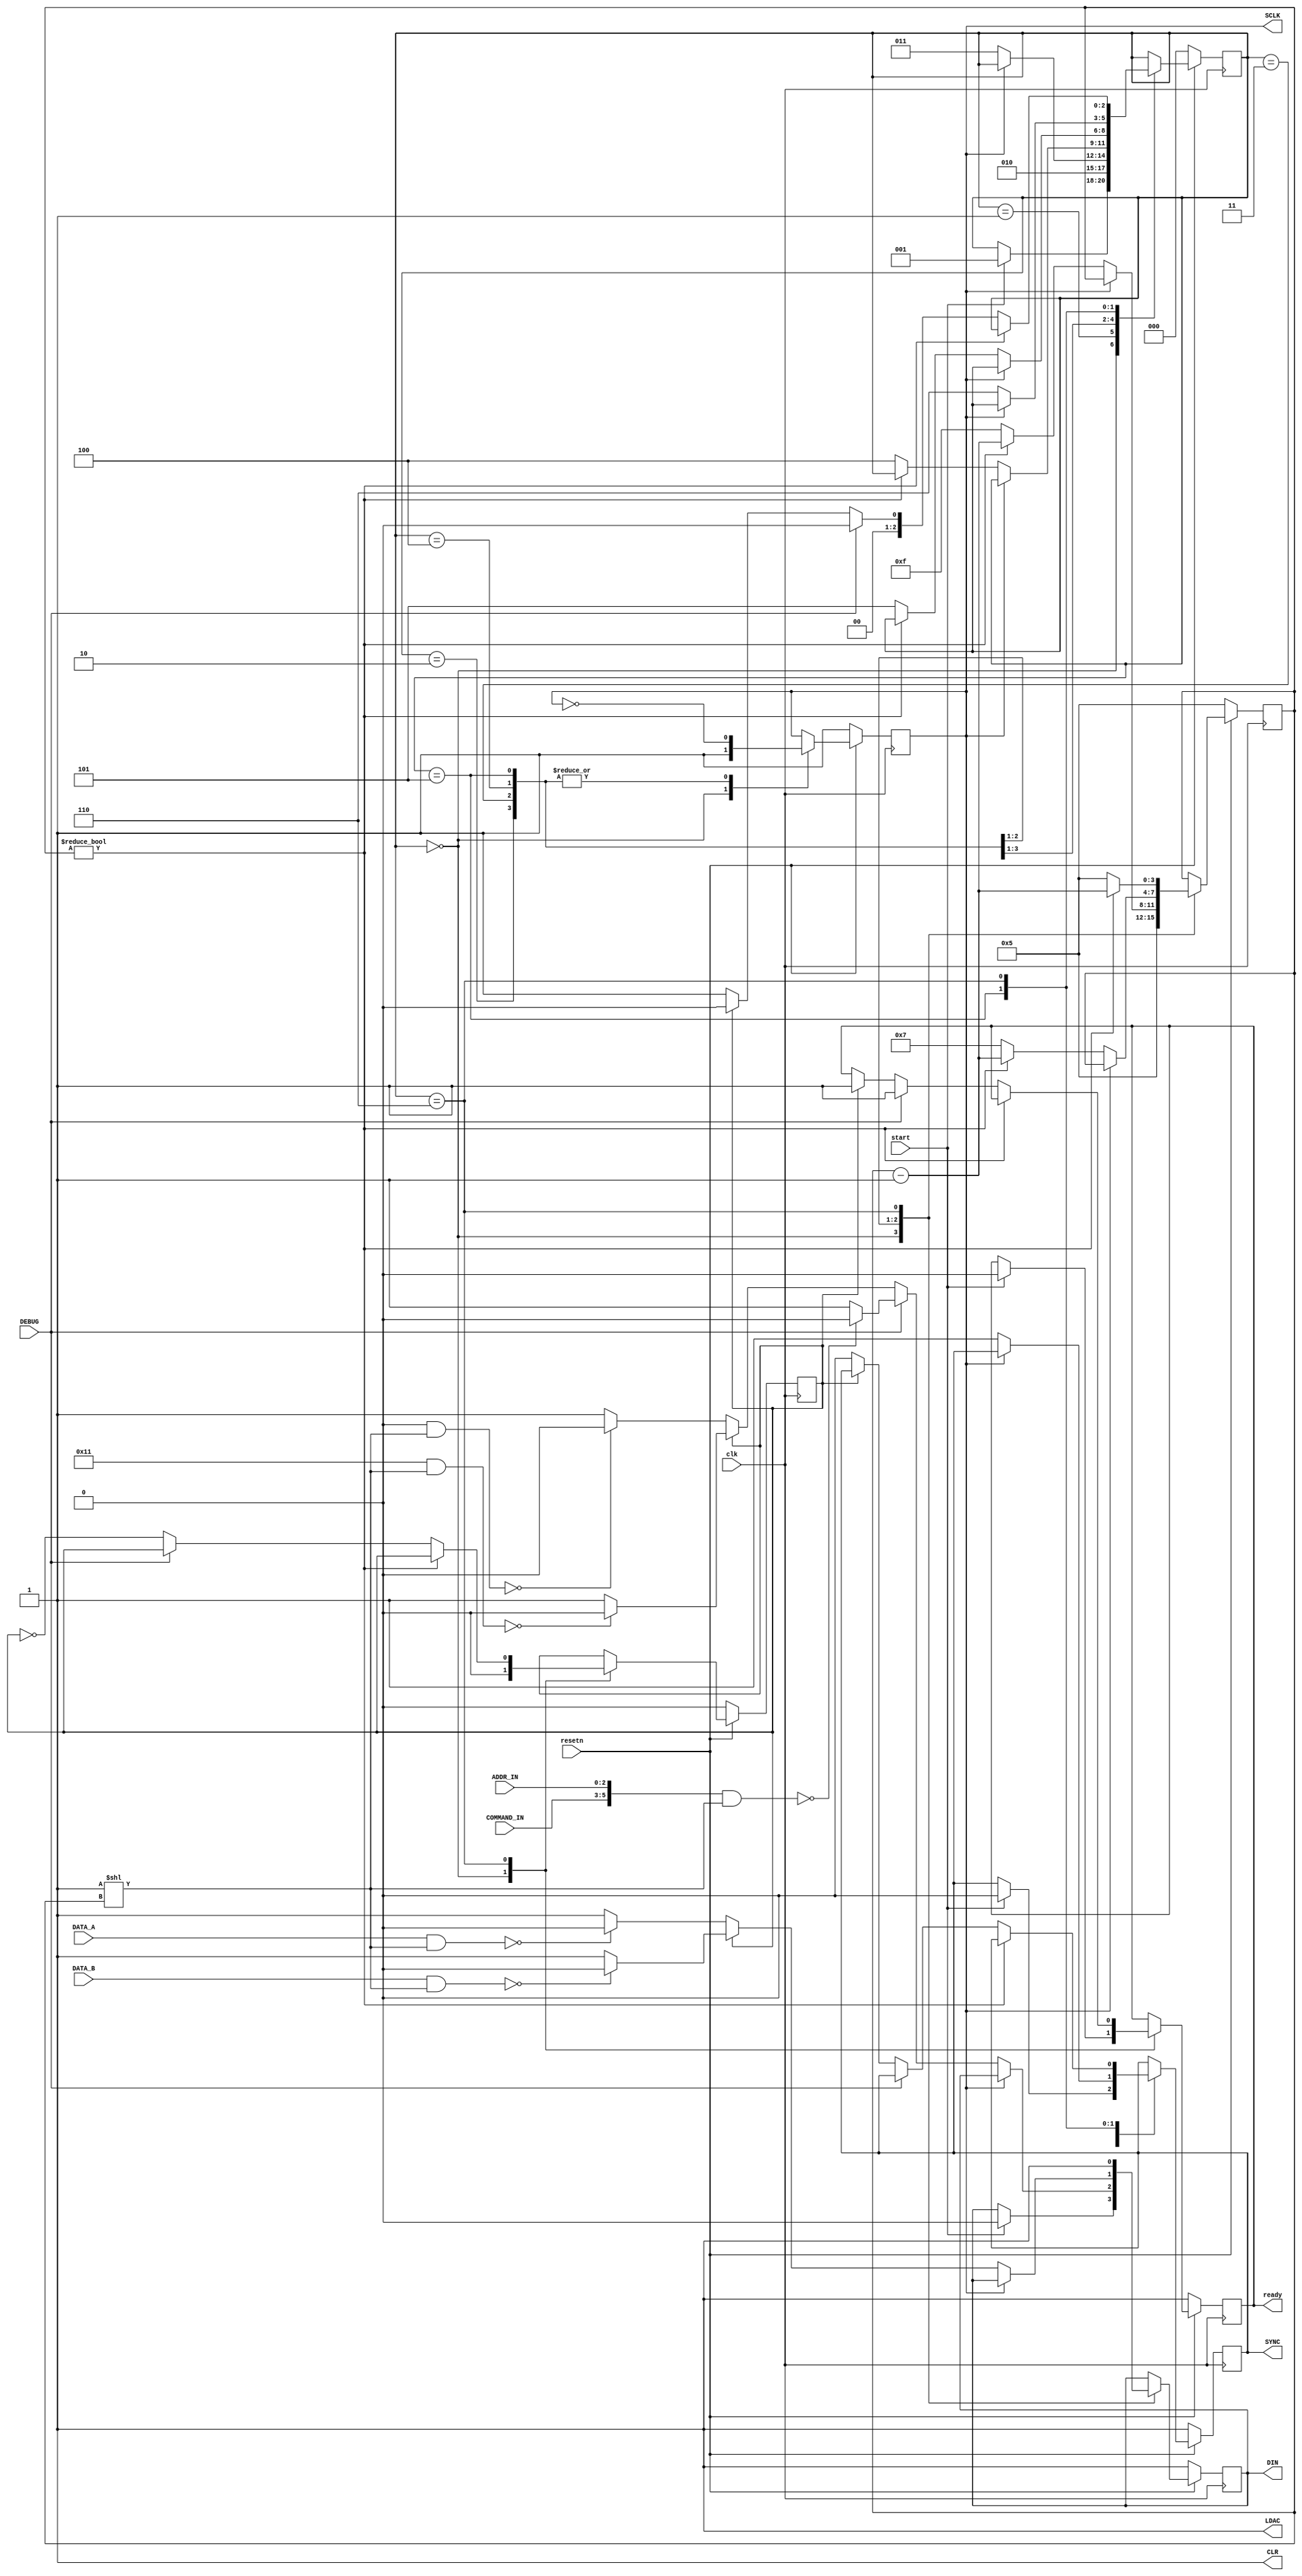

module audio_dac_write(
	input clk,
	input resetn,
	input [15:0] DATA_A,
	input [15:0] DATA_B,
	input start,

	input DEBUG,
	input [2:0] COMMAND_IN,
	input [2:0] ADDR_IN,

	output reg ready,

	output LDAC,
	output CLR,
	output reg DIN,
	output reg SCLK,
	output reg SYNC
);

// no input buffer, data cannot be changed during writing

wire	[5:0] COMMAND_A = 6'b0;			// write to DAC-A input register
wire	[5:0] COMMAND_B = 6'b010_001;	// write to DAC-B input register and software LDAC

assign LDAC = 1'b1;
assign CLR = 1'b1;

parameter STATE_IDLE = 0;
parameter STATE_SYNC_HOLD = 1;
parameter STATE_START_TX = 2;
parameter STATE_COMMAND = 3;
parameter STATE_DATA = 4;
parameter STATE_EOT = 5;
parameter STATE_WAIT = 6;

reg		[2:0] state, next_state;
reg		next_ready;
reg		next_din, next_sclk, next_sync;
reg		[3:0] bit_cnt, next_bit_cnt;
reg		data_b, next_data_b;

wire	CMD_A_BIT_EXTRACT = ((COMMAND_A & (1'b1<<bit_cnt))==0)? 1'b0 : 1'b1;
wire	CMD_B_BIT_EXTRACT = ((COMMAND_B & (1'b1<<bit_cnt))==0)? 1'b0 : 1'b1;
wire	DAT_A_BIT_EXTRACT = ((DATA_A & (1'b1<<bit_cnt))==0)? 1'b0 : 1'b1;
wire	DAT_B_BIT_EXTRACT = ((DATA_B & (1'b1<<bit_cnt))==0)? 1'b0 : 1'b1;

wire	CMD_BIT_EXTRACT = (({COMMAND_IN, ADDR_IN} & (1'b1<<bit_cnt))==0)? 1'b0 : 1'b1;

always @ (posedge clk)
begin
	if (~resetn)
	begin
		state <= STATE_IDLE;
		ready <= 1;
		DIN <= 1;
		SCLK <= 1;
		SYNC <= 1;
		bit_cnt <= 5;
		data_b <= 0;
	end
	else
	begin
		state <= next_state;
		ready <= next_ready;
		DIN <= next_din;
		SCLK <= next_sclk;
		SYNC <= next_sync;
		bit_cnt <= next_bit_cnt;
		data_b <= next_data_b;
	end
end

always @ *
begin
	next_state = state;
	next_ready = ready;
	next_din = DIN;
	next_sclk = SCLK;
	next_sync = SYNC;
	next_bit_cnt = bit_cnt;
	next_data_b = data_b;

	case (state)
		STATE_IDLE:
		begin
			if (start)
			begin
				next_state = STATE_SYNC_HOLD;
				next_ready = 0;
				next_sync = 0;
				next_din = 0;
			end
			next_sclk = 1;
			next_bit_cnt = 5;
			next_data_b = 0;
		end

		STATE_SYNC_HOLD:
		begin
			next_state = STATE_START_TX;
		end

		STATE_START_TX:
		begin
			next_sclk = ~SCLK;
			if (~SCLK)
			begin
				next_state = STATE_COMMAND;
			end
		end

		STATE_COMMAND:
		begin
			next_sclk = ~SCLK;
			if (~SCLK)
			begin
				if (bit_cnt)
					next_bit_cnt = bit_cnt - 1'b1;
				else
				begin
					next_state = STATE_DATA;
					next_bit_cnt = 15;
				end

				if (DEBUG)
					next_din = CMD_BIT_EXTRACT;
				else
				begin
					if (data_b)
						next_din = CMD_B_BIT_EXTRACT;
					else
						next_din = CMD_A_BIT_EXTRACT;
				end
			end
		end

		STATE_DATA:
		begin
			next_sclk = ~SCLK;
			if (~SCLK)
			begin
				if (bit_cnt)
					next_bit_cnt = bit_cnt - 1'b1;
				else
				begin
					next_state = STATE_EOT;
					next_bit_cnt = 7;
				end

				if (data_b)
					next_din = DAT_B_BIT_EXTRACT;
				else
					next_din = DAT_A_BIT_EXTRACT;
			end
		end

		STATE_EOT:
		begin
			next_sclk = ~SCLK;
			if (~SCLK)
			begin
				next_sync = 1;
				next_state = STATE_WAIT;
			end
		end

		STATE_WAIT:
		begin
			next_din = 1;
			if (bit_cnt)
				next_bit_cnt = bit_cnt - 1'b1;
			else
			begin
				next_bit_cnt = 5;
				if (DEBUG)
				begin
					next_state = STATE_IDLE;
					next_ready = 1;
				end
				else
				begin
					next_data_b = ~data_b;
					if (data_b)
					begin
						next_state = STATE_IDLE;
						next_ready = 1;
					end
					else
					begin
						next_state = STATE_SYNC_HOLD;
						next_sync = 0;
					end
				end
			end
		end

	endcase

end

endmodule